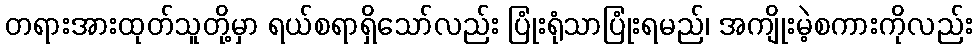
တရားအားထုတ်သူတို့မှာ ရယ်စရာရှိသော်လည်း ပြုံးရုံသာပြုံးရမည်၊ အကျိုးမဲ့စကားကိုလည်း